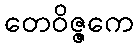
တေဝိဇ္ဇကေ